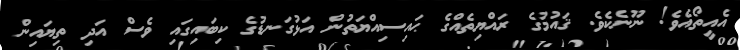
އެއީތޯއެވެ! ނޫނެކެވެ. ޤައުމުގެ ރައްޔިތެއްގެ ޙައިސިއްޔަތުން އަޅުގަނޑުގެ ކިބައިގައި ވެސް އަދި ތިޔައިން